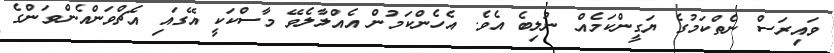
ވައިރަސް ނެތްކަމުގެ ޔަގީންކަމެއް ނުލިބެ އެވެ. އެހެންކަމުން އެއްލާލެވޭ މާސްކަކީ އޭގައި އެޗްވަންއެންވަންގެ